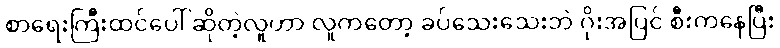
စာရေးကြီးထင်ပေါ် ဆိုတဲ့လူဟာ လူကတော့ ခပ်သေးသေးဘဲ ဂိုးအပြင် စီးကနေပြီး